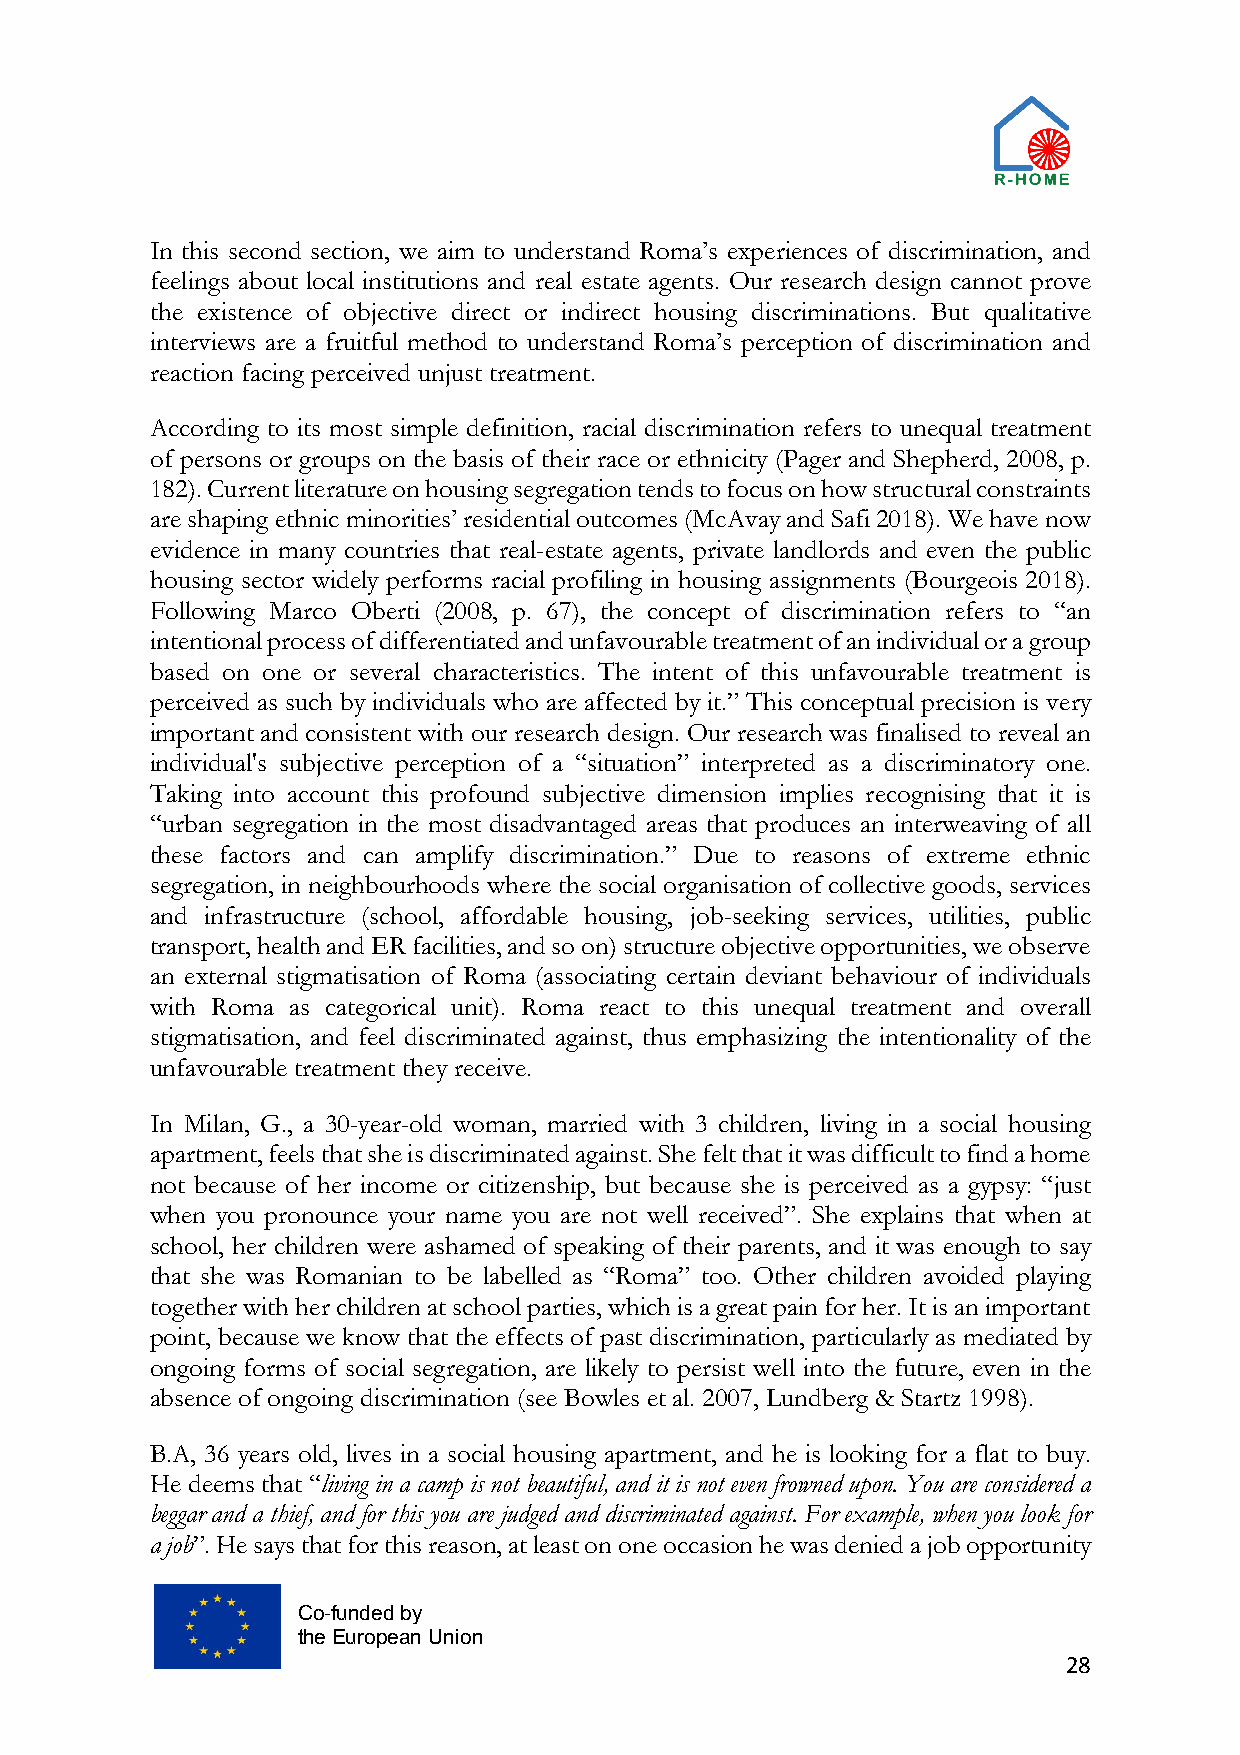
In this second section, we aim to understand Roma’s experiences of discrimination, and
 feelings about local institutions and real estate agents. Our research design cannot prove
 the existence of objective direct or indirect housing discriminations. But qualitative
 interviews are a fruitful method to understand Roma’s perception of discrimination and
 reaction facing perceived unjust treatment.
 According to its most simple definition, racial discrimination refers to unequal treatment
 of persons or groups on the basis of their race or ethnicity (Pager and Shepherd, 2008, p.
 182). Current literature on housing segregation tends to focus on how structural constraints
 are shaping ethnic minorities’ residential outcomes (McAvay and Safi 2018). We have now
 evidence in many countries that real-estate agents, private landlords and even the public
 housing sector widely performs racial profiling in housing assignments (Bourgeois 2018).
 Following Marco Oberti (2008, p. 67), the concept of discrimination refers to “an
 intentional process of differentiated and unfavourable treatment of an individual or a group
 based on one or several characteristics. The intent of this unfavourable treatment is
 perceived as such by individuals who are affected by it.” This conceptual precision is very
 important and consistent with our research design. Our research was finalised to reveal an
 individual's subjective perception of a “situation” interpreted as a discriminatory one.
 Taking into account this profound subjective dimension implies recognising that it is
 “urban segregation in the most disadvantaged areas that produces an interweaving of all
 these factors and can amplify discrimination.” Due to reasons of extreme ethnic
 segregation, in neighbourhoods where the social organisation of collective goods, services
 and infrastructure (school, affordable housing, job-seeking services, utilities, public
 transport, health and ER facilities, and so on) structure objective opportunities, we observe
 an external stigmatisation of Roma (associating certain deviant behaviour of individuals
 with Roma as categorical unit). Roma react to this unequal treatment and overall
 stigmatisation, and feel discriminated against, thus emphasizing the intentionality of the
 unfavourable treatment they receive.
 In Milan, G., a 30-year-old woman, married with 3 children, living in a social housing
 apartment, feels that she is discriminated against. She felt that it was difficult to find a home
 not because of her income or citizenship, but because she is perceived as a gypsy: “just
 when you pronounce your name you are not well received”. She explains that when at
 school, her children were ashamed of speaking of their parents, and it was enough to say
 that she was Romanian to be labelled as “Roma” too. Other children avoided playing
 together with her children at school parties, which is a great pain for her. It is an important
 point, because we know that the effects of past discrimination, particularly as mediated by
 ongoing forms of social segregation, are likely to persist well into the future, even in the
 absence of ongoing discrimination (see Bowles et al. 2007, Lundberg & Startz 1998).
 B.A, 36 years old, lives in a social housing apartment, and he is looking for a flat to buy.
 He deems that “living in a camp is not beautiful, and it is not even frowned upon. You are considered a
 beggar and a thief, and for this you are judged and discriminated against. For example, when you look for
 a job”. He says that for this reason, at least on one occasion he was denied a job opportunity
 Co-funded by
 the European Union
 28